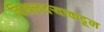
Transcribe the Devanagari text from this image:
चिखलदऱ्याकडून